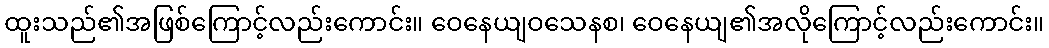
ထူးသည်၏အဖြစ်ကြောင့်လည်းကောင်း။ ဝေနေယျဝသေနစ၊ ဝေနေယျ၏အလိုကြောင့်လည်းကောင်း။